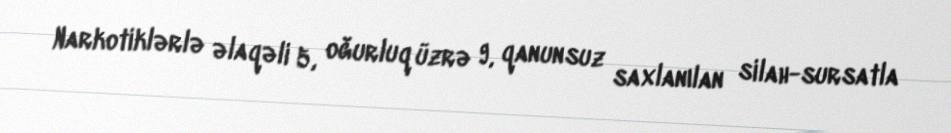
Narkotiklərlə əlaqəli 5, oğurluq üzrə 9, qanunsuz saxlanılan silah-sursatla